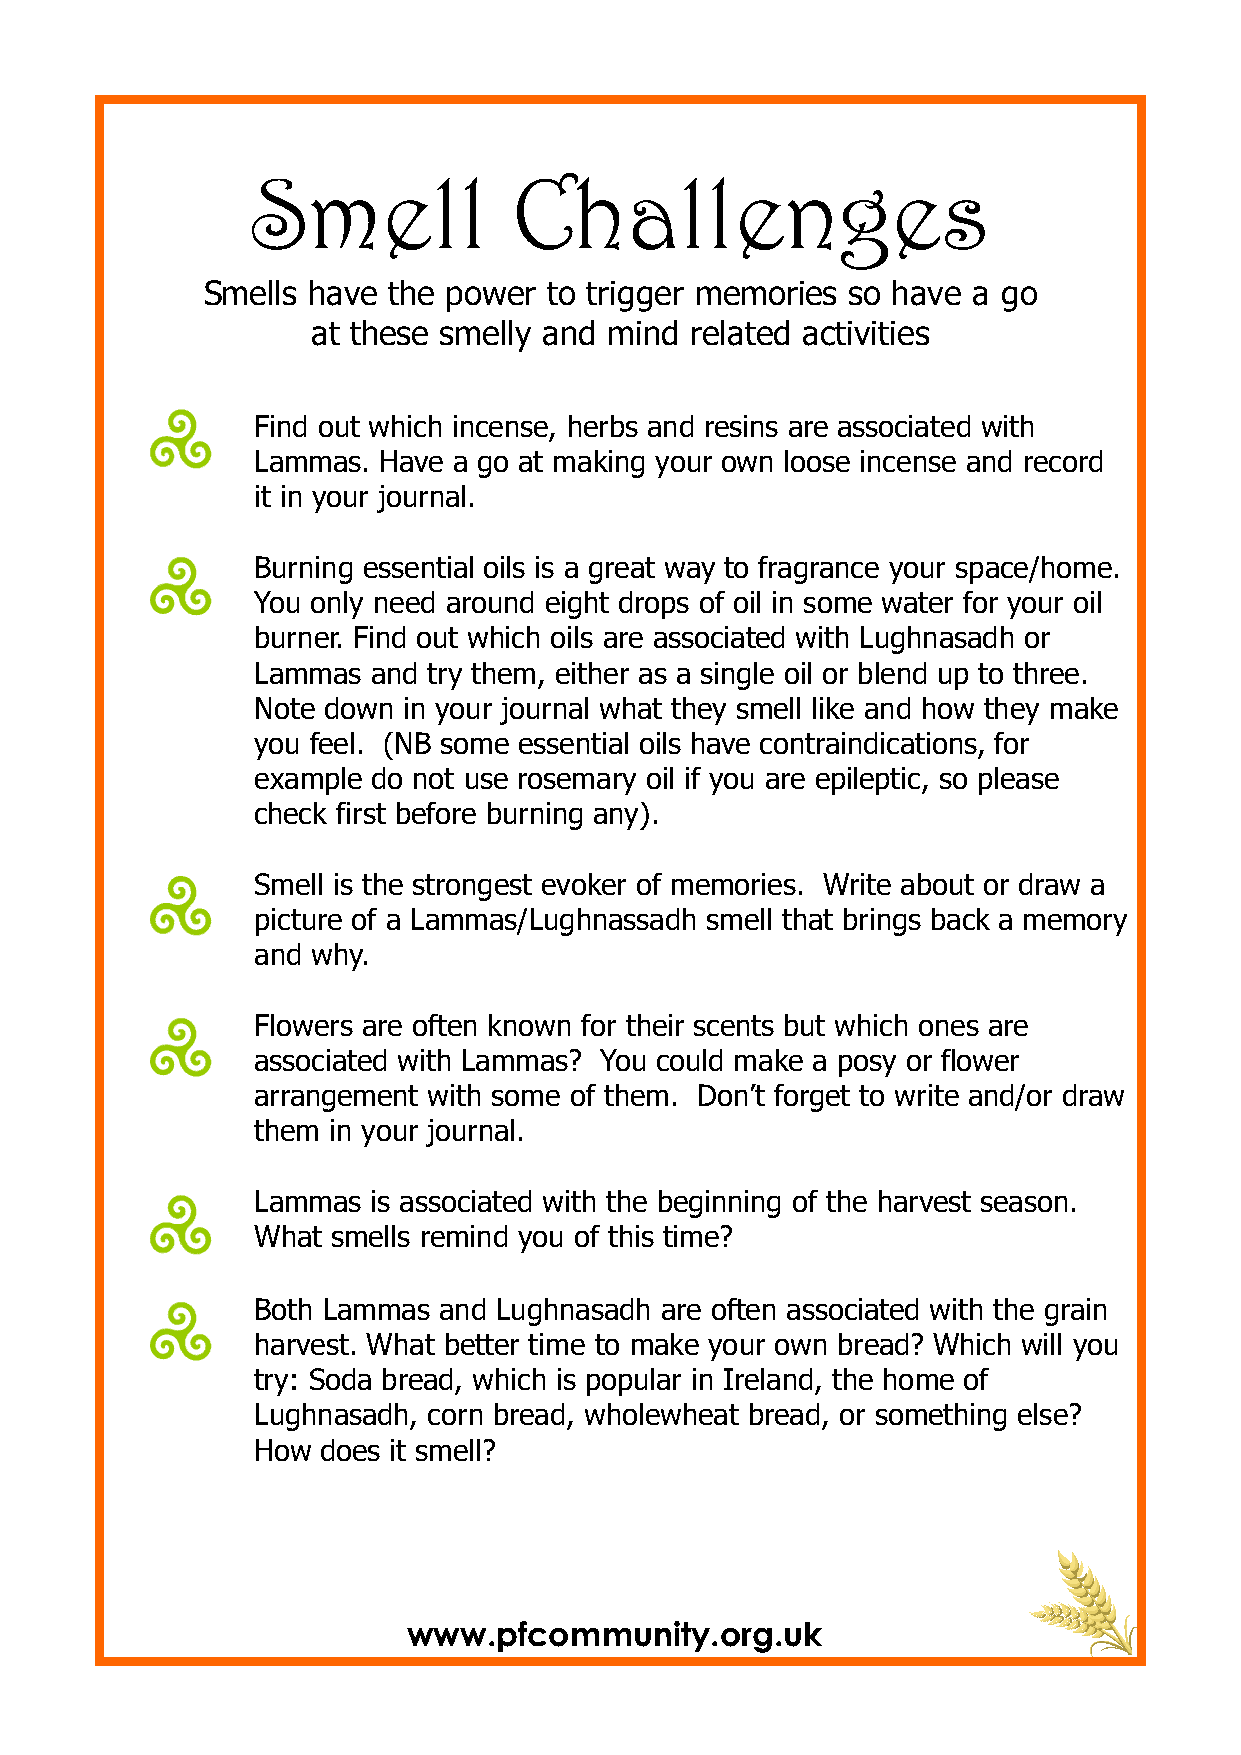
Smell            Challenges
 Smells have  the power to trigger memories so have a go
 at these smelly and mind related activities
 Find out which incense, herbs and resins are associated with
 Lammas. Have a go at making your own loose incense and record
 it in your journal.
 Burning essential oils is a great way to fragrance your space/home.
 You only need around eight drops of oil in some water for your oil
 burner. Find out which oils are associated with Lughnasadh or
 Lammas  and try them, either as a single oil or blend up to three.
 Note down in your journal what they smell like and how they make
 you feel. (NB some essential oils have contraindications, for
 example do not use rosemary oil if you are epileptic, so please
 check first before burning any).
 Smell is the strongest evoker of memories. Write about or draw a
 picture of a Lammas/Lughnassadh smell that brings back a memory
 and why.
 Flowers are often known for their scents but which ones are
 associated with Lammas? You could make a posy or flower
 arrangement with some of them. Don’t forget to write and/or draw
 them in your journal.
 Lammas  is associated with the beginning of the harvest season.
 What smells remind you of this time?
 Both Lammas and Lughnasadh are often associated with the grain
 harvest. What better time to make your own bread? Which will you
 try: Soda bread, which is popular in Ireland, the home of
 Lughnasadh, corn bread, wholewheat bread, or something else?
 How does it smell?
 www.pfcommunity.org.uk